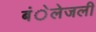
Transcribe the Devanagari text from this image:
बंेलेजली